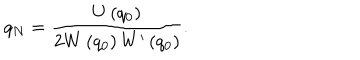
q _ { N } = \frac { U \left( q _ { 0 } \right) } { 2 W \left( q _ { 0 } \right) W ^ { \prime } \left( q _ { 0 } \right) } .